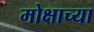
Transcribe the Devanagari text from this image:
मोक्षाच्या